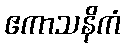
ဧကာသနိကံ